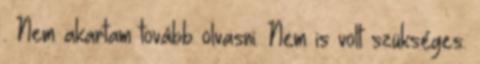
. Nem akartam tovább olvasni. Nem is volt szükséges.